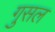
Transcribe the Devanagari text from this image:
गुसल